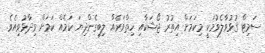
ސަމިޓް ގުޅުވާލެވުމަކީ މިކަމަށް އިތުރު ޖޯޝަކާއި ހިތްވަރެއް ލިބިގެންދިޔަ ކަމެއް ކަމަށް ވިދާޅުވިއެވެ.